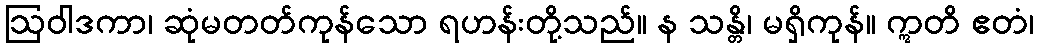
ဩဝါဒကာ၊ ဆုံမတတ်ကုန်သော ရဟန်းတို့သည်။ န သန္တိ၊ မရှိကုန်။ ဣတိ ဧတံ၊